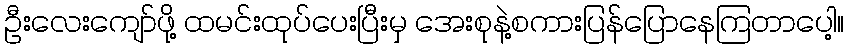
ဦးလေးကျော်ဖို့ ထမင်းထုပ်ပေးပြီးမှ အေးစုနဲ့စကားပြန်ပြောနေကြတာပေါ့။